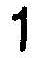
1